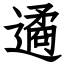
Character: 遹